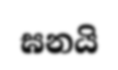
ඝනයි